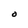
Character: O